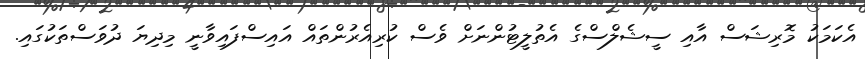
އެކަމަކު މޮރިޝަސް އާއި ސީޝެލްސްގެ އެތުލީޓުންނަށް ވެސް ކުރިއެރުންތައް އައިސްފައިވާނީ މިދިޔަ ދުވަސްތަކުގައި.